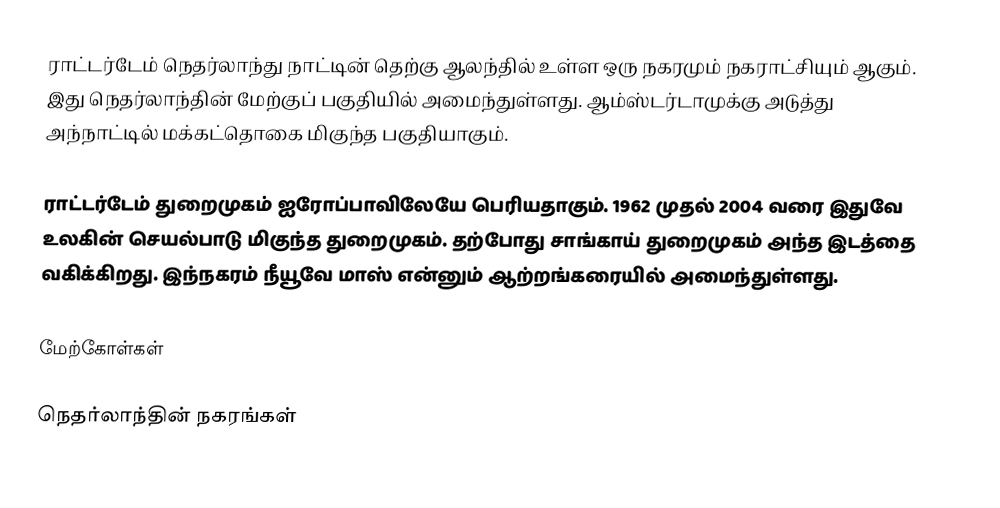
ராட்டர்டேம் நெதர்லாந்து நாட்டின் தெற்கு ஆலந்தில் உள்ள ஒரு நகரமும் நகராட்சியும் ஆகும். இது நெதர்லாந்தின் மேற்குப் பகுதியில் அமைந்துள்ளது. ஆம்ஸ்டர்டாமுக்கு அடுத்து அந்நாட்டில் மக்கட்தொகை மிகுந்த பகுதியாகும்.

ராட்டர்டேம் துறைமுகம் ஐரோப்பாவிலேயே பெரியதாகும். 1962 முதல் 2004 வரை இதுவே உலகின் செயல்பாடு மிகுந்த துறைமுகம். தற்போது சாங்காய் துறைமுகம் அந்த இடத்தை வகிக்கிறது. இந்நகரம் நீயூவே மாஸ் என்னும் ஆற்றங்கரையில் அமைந்துள்ளது.

மேற்கோள்கள்

நெதர்லாந்தின் நகரங்கள்